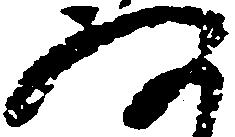
存